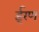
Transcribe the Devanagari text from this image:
ईरण